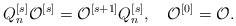
LaTeX: \begin{align*}Q_n^{[s]}{\cal O}^{[s]}={\cal O}^{[s+1]}Q_n^{[s]},\quad{\cal O}^{[0]}={\cal O}.\end{align*}